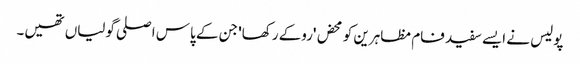
پولیس نے ایسے سفید فام مظاہرین کو محض 'روکے رکھا' جن کے پاس اصلی گولیاں تھیں۔